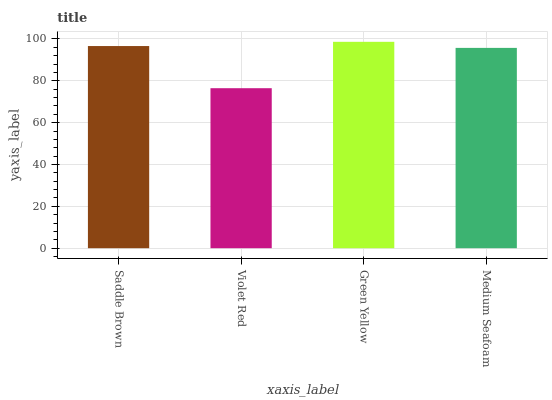
| xaxis_label | bars |
 | --- | --- |
 | Saddle Brown | 96.6 |
 | Violet Red | 76.5 |
 | Green Yellow | 98.6 |
 | Medium Seafoam | 95.7 |